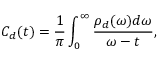
C _ { d } ( t ) = \frac { 1 } { \pi } \int _ { 0 } ^ { \infty } \frac { \rho _ { d } ( \omega ) d \omega } { \omega - t } ,